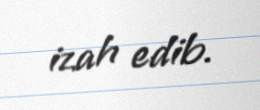
izah edib.